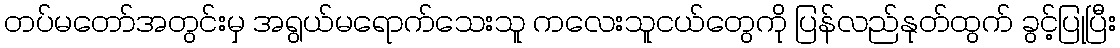
တပ်မတော်အတွင်းမှ အရွယ်မရောက်သေးသူ ကလေးသူငယ်တွေကို ပြန်လည်နုတ်ထွက် ခွင့်ပြုပြီး